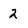
Character: 2